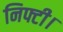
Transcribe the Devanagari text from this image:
निफ्टी।